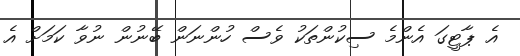
އެ ޕާޓީގަ އެންމެ ސިކުންތަކު ވެސް ހުންނަން ބޭނުން ނުވާ ކަމަށް އެ